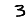
Digit: 3